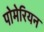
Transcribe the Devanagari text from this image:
पोमेरियन